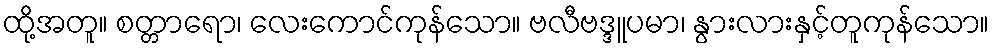
ထို့အတူ။ စတ္တာရော၊ လေးကောင်ကုန်သော။ ဗလီဗဒ္ဒူပမာ၊ နွားလားနှင့်တူကုန်သော။